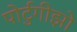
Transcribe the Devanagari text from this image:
पोर्टुगीझो